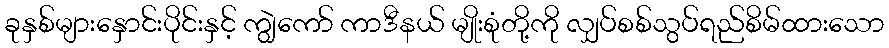
ခုနှစ်များနှောင်းပိုင်းနှင့် ကျွဲကော် ကာဒီနယ် မျိုးစုံတို့ကို လျှပ်စစ်သွပ်ရည်စိမ်ထားသော